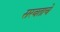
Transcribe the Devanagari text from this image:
सरबताचे